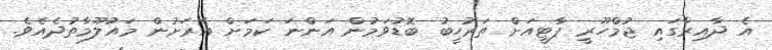
އެ ދާއިރާގައި ޖުމްހޫރީ ޕާޓީއަށް ތަރުހީބު ބޮޑުވަމުން އަންނަ ކަމަށް އެރަށުން މައުލޫމާތުދެއެވެ.